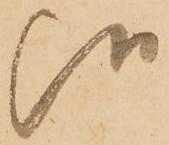
候